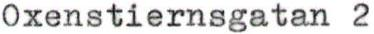
Oxenstiernsgatan 2